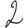
Digit: 2